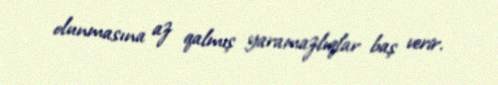
olunmasına az qalmış yaramazlıqlar baş verir.